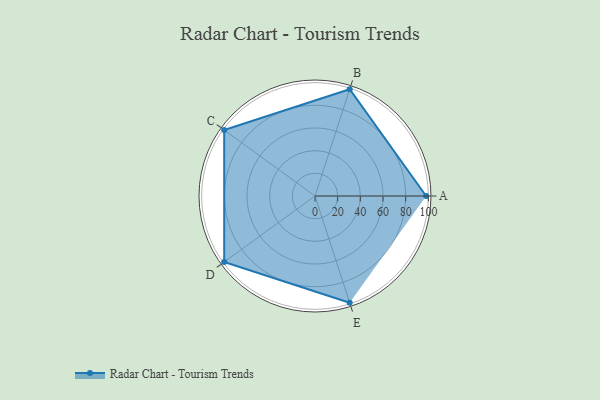
{"axis": {"x": "Skill", "y": "Score"}, "legend": ["Profile"], "data": [{"x": "A", "y": 98.0, "type": "Profile"}, {"x": "B", "y": 99, "type": "Profile"}, {"x": "C", "y": 99, "type": "Profile"}, {"x": "D", "y": 99, "type": "Profile"}, {"x": "E", "y": 99, "type": "Profile"}]}